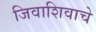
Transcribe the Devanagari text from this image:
जिवाशिवाचे